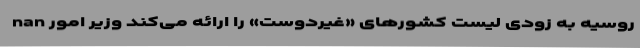
nan روسیه به زودی لیست کشورهای «غیردوست» را ارائه می‌کند وزیر امور